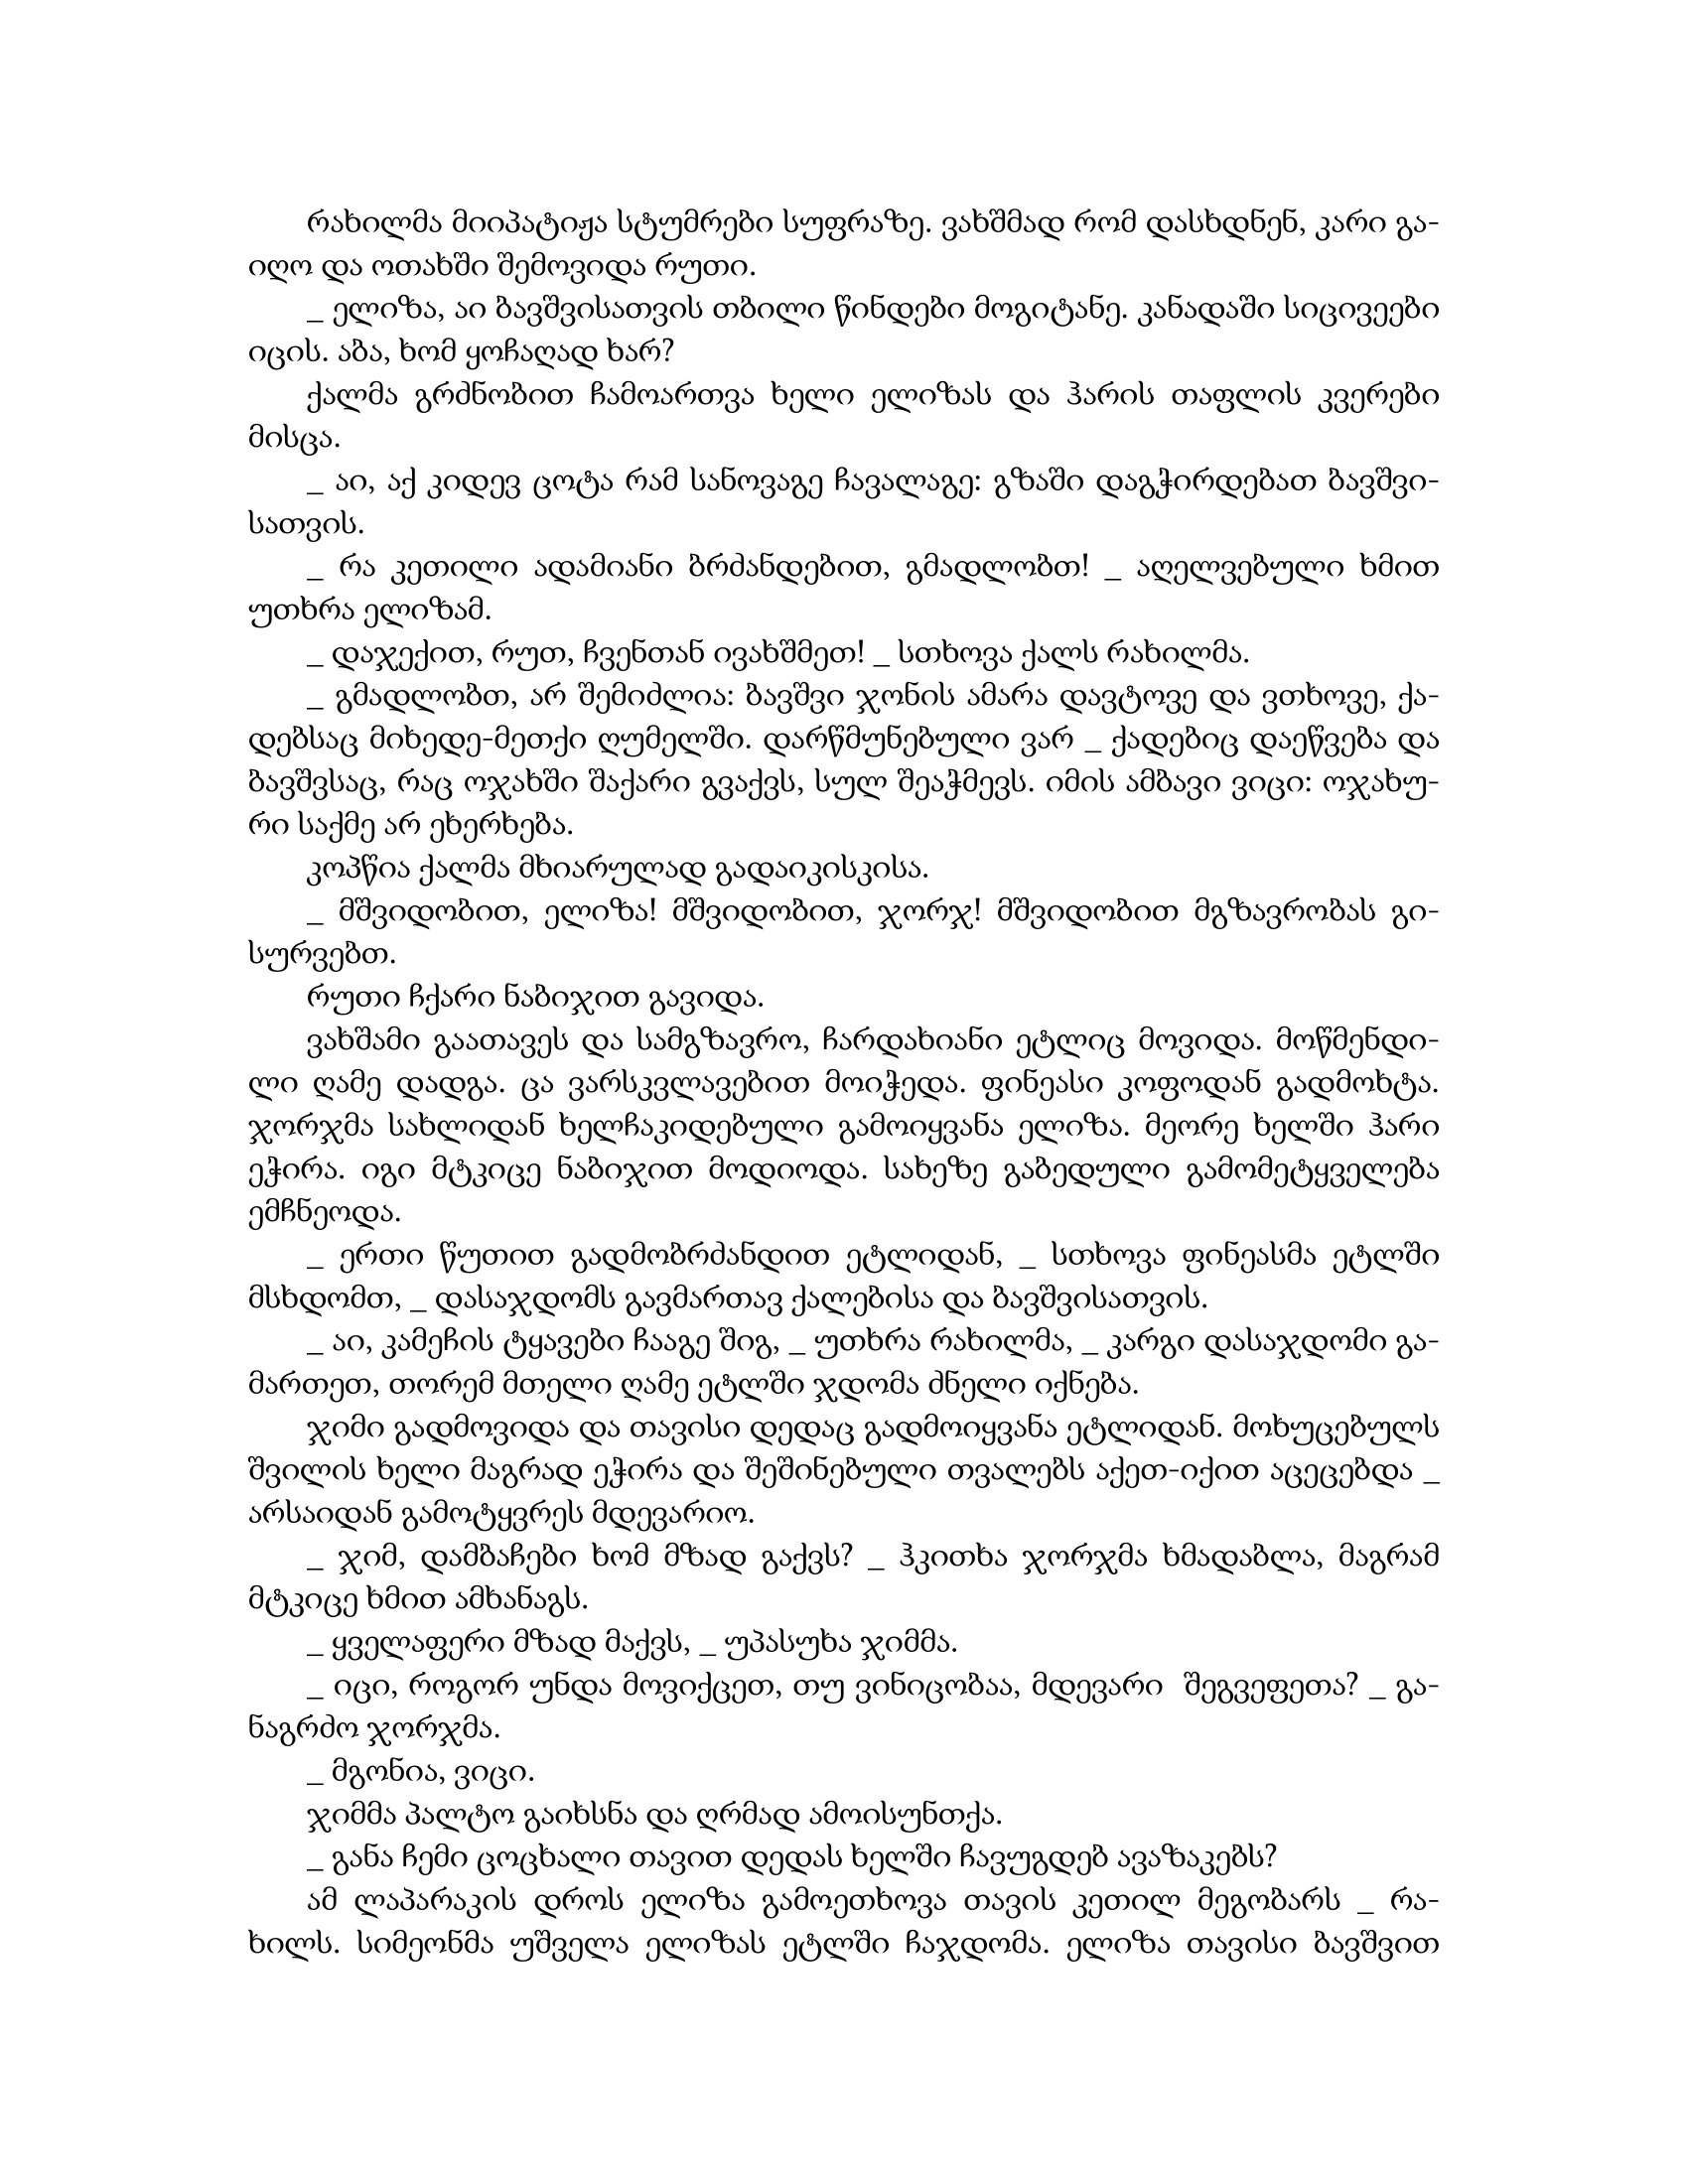
Language: gr